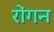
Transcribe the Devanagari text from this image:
रोंगन